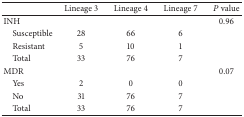
|  | Lineage 3 | Lineage 4 | Lineage 7 | P value |
 | --- | --- | --- | --- | --- |
 | INH |  |  |  | 0.96 |
 | Susceptible | 28 | 66 | 6 |
 | Resistant | 5 | 10 | 1 |
 | Total | 33 | 76 | 7 |
 | MDR |  |  |  | 0.07 |
 | Yes | 2 | 0 | 0 |
 | No | 31 | 76 | 7 |
 | Total | 33 | 76 | 7 |